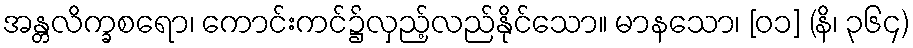
အန္တလိက္ခစရော၊ ကောင်းကင်၌လှည့်လည်နိုင်သော။ မာနသော၊ [၀၁] (နိ၊ ၃၆၄)